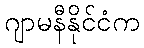
ဂျာမနီနိုင်ငံက